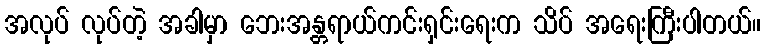
အလုပ် လုပ်တဲ့ အခါမှာ ဘေးအန္တရာယ်ကင်းရှင်းရေးက သိပ် အရေးကြီးပါတယ်။